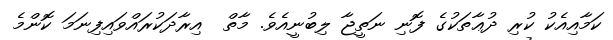
ކަމާއިއެކު ކުރި ދުޢާތަކުގެ ފޮނި ނަތީޖާ ލިބުނީއެވެ. މާތް  އިރާދަކުރައްވައިފިނަމަ ކޮންމެ